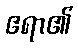
ဧရာ၏